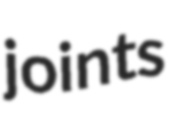
joints